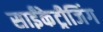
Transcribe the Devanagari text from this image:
साईंकेट्रीजिंग